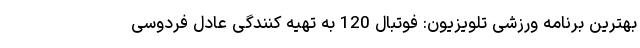
بهترین برنامه ورزشی تلویزیون: فوتبال 120 به تهیه کنندگی عادل فردوسی